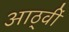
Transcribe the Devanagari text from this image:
आठ्वीं